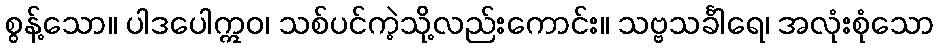
စွန့်သော။ ပါဒပေါဣဝ၊ သစ်ပင်ကဲ့သို့လည်းကောင်း။ သဗ္ဗသင်္ခါရေ၊ အလုံးစုံသော